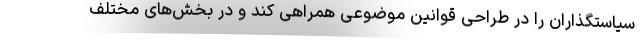
سیاستگذاران را در طراحی قوانین موضوعی همراهی کند و در بخش‌های مختلف